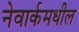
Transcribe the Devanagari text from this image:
नेवार्कमधील